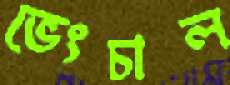
ভেংচাল